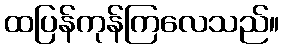
ထပြန်ကုန်ကြလေသည်။